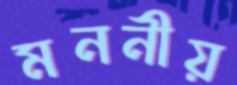
মননীয়